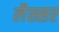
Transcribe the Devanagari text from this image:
लैस्सर